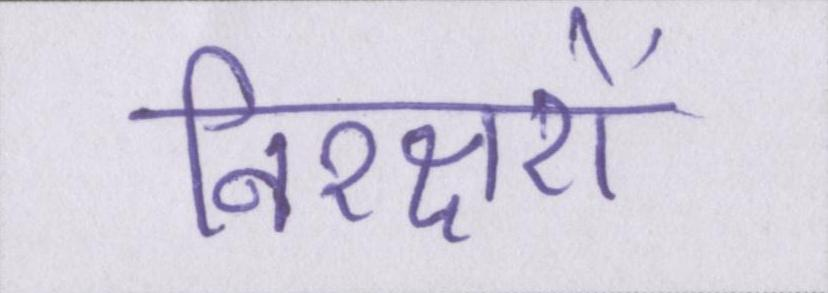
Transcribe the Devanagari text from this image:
निरक्षरों